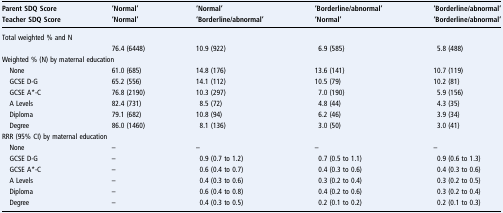
| Parent SDQ Score | ‘Normal’ | ‘Normal’ | ‘Borderline/abnormal’ | ‘Borderline/abnormal’ |
 | Teacher SDQ Score | ‘Normal’ | ‘Borderline/abnormal’ | ‘Normal’ | ‘Borderline/abnormal’ |
 | --- | --- | --- | --- | --- |
 | <COLSPAN=5> Total weighted % and N |
 |  | 76.4 (6448) | 10.9 (922) | 6.9 (585) | 5.8 (488) |
 | <COLSPAN=5> Weighted % (N) by maternal education |
 | None | 61.0 (685) | 14.8 (176) | 13.6 (141) | 10.7 (119) |
 | GCSE D-G | 65.2 (556) | 14.1 (112) | 10.5 (79) | 10.2 (81) |
 | GCSE A*-C | 76.8 (2190) | 10.3 (297) | 7.0 (190) | 5.9 (156) |
 | A Levels | 82.4 (731) | 8.5 (72) | 4.8 (44) | 4.3 (35) |
 | Diploma | 79.1 (682) | 10.8 (94) | 6.2 (46) | 3.9 (34) |
 | Degree | 86.0 (1460) | 8.1 (136) | 3.0 (50) | 3.0 (41) |
 | <COLSPAN=5> RRR (95% CI) by maternal education |
 | None | – | – | – | – |
 | GCSE D-G | – | 0.9 (0.7 to 1.2) | 0.7 (0.5 to 1.1) | 0.9 (0.6 to 1.3) |
 | GCSE A*-C | – | 0.6 (0.4 to 0.7) | 0.4 (0.3 to 0.6) | 0.4 (0.3 to 0.6) |
 | A Levels | – | 0.4 (0.3 to 0.6) | 0.3 (0.2 to 0.4) | 0.3 (0.2 to 0.5) |
 | Diploma | – | 0.6 (0.4 to 0.8) | 0.4 (0.2 to 0.6) | 0.3 (0.2 to 0.4) |
 | Degree | – | 0.4 (0.3 to 0.5) | 0.2 (0.1 to 0.2) | 0.2 (0.1 to 0.3) |